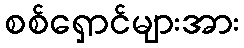
စစ်ရှောင်များအား